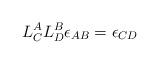
LaTeX: \begin{align*}L_{C}^{A}L_{D}^{B}\epsilon_{AB}=\epsilon_{CD}\end{align*}